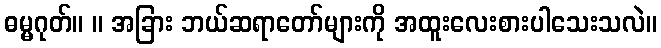
ဓမ္မဂုတ်။ ။ အခြား ဘယ်ဆရာတော်များကို အထူးလေးစားပါသေးသလဲ။